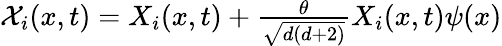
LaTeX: \begin{array}{r}{\mathcal{X}_{i}(x,t)=X_{i}(x,t)+\frac{\theta}{\sqrt{d(d+2)}}X_{i}(x,t)\psi(x)}\end{array}